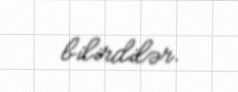
bilirdilər.